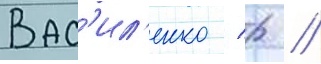
Вас'ил'енко / р //